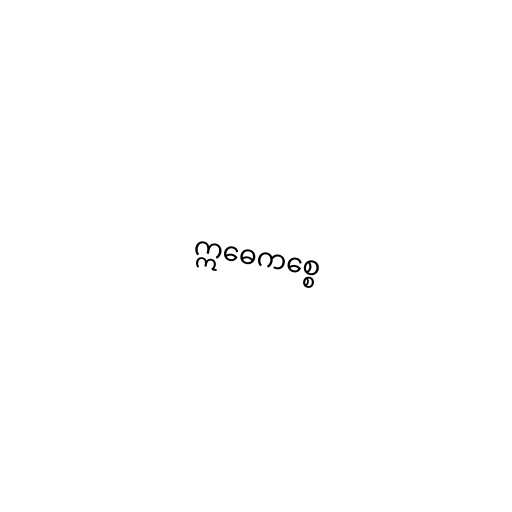
ဣဓေကစ္စေ